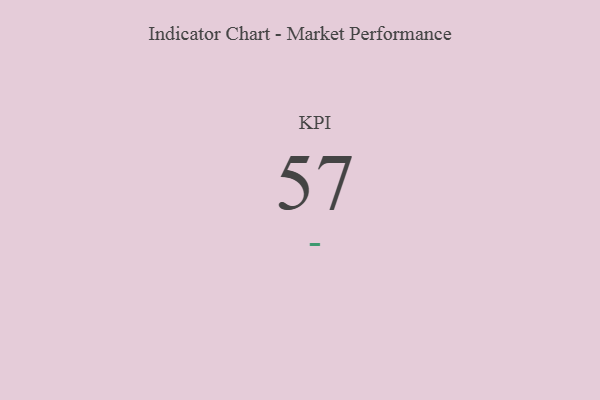
{"axis": {"x": "KPI", "y": "Value"}, "legend": [""], "data": [{"x": "KPI", "y": 57, "type": ""}]}